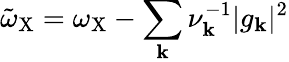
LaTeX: \tilde{\omega}_{\mathrm{X}}=\omega_{\mathrm{X}}-\sum_{\mathbf{k}}\nu_{\mathbf{k}}^{-1}\vert g_{\mathbf{k}}\vert^{2}